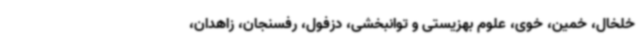
خلخال، خمین، خوی، علوم بهزیستی و توانبخشی، دزفول، رفسنجان، زاهدان،